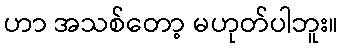
ဟာ အသစ်တော့ မဟုတ်ပါဘူး။